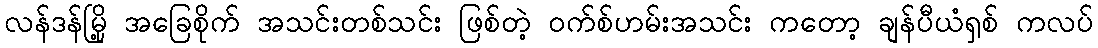
လန်ဒန်မြို့ အခြေစိုက် အသင်းတစ်သင်း ဖြစ်တဲ့ ဝက်စ်ဟမ်းအသင်း ကတော့ ချန်ပီယံရှစ် ကလပ်